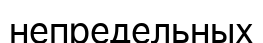
непредельных